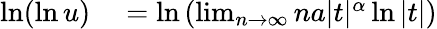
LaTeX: \begin{array}{rl}{\ln(\ln u)}&{{}=\ln\left(\operatorname*{lim}_{n\to\infty}na|t|^{\alpha}\ln|t|\right)}\end{array}